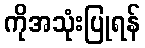
ကိုအသုံးပြုရန်